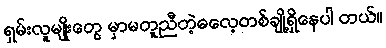
ရှမ်းလူမျိုးတွေ မှာမတူညီတဲ့ဓလေ့တစ်ချို့ရှိနေပါ တယ်။